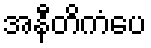
အနီတိကံပေ